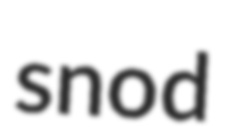
snod